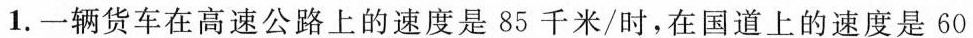
1.一辆货车在高速公路上的速度是85千米/时，在国道上的速度是60